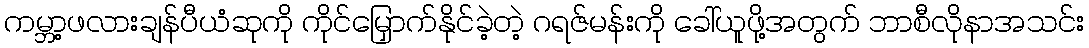
ကမ္ဘာ့ဖလားချန်ပီယံဆုကို ကိုင်မြှောက်နိုင်ခဲ့တဲ့ ဂရဇ်မန်းကို ခေါ်ယူဖို့အတွက် ဘာစီလိုနာအသင်း